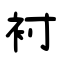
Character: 衬